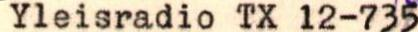
kösanoma - Telegram